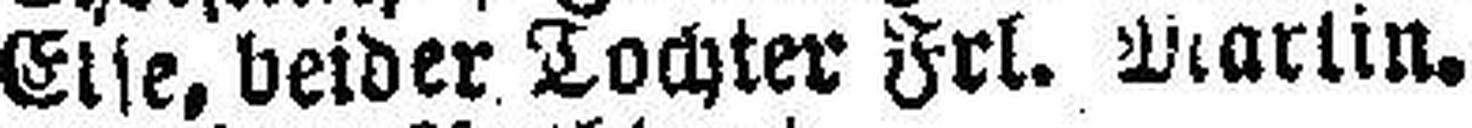
Else, beider Tochter Frl. Martin.